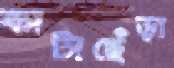
কাটাছেঁড়া